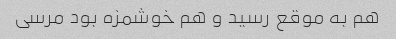
هم به موقع رسید و هم خوشمزه بود مرسی